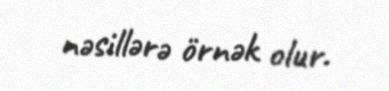
nəsillərə örnək olur.